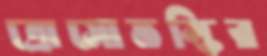
ত্রোসোভস্কির